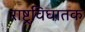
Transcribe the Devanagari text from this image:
राष्ट्रविघातक